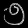
Digit: ၅